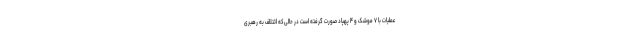
عملیات با ۷ موشک و ۴ پهپاد صورت گرفته است در حالی‌که ائتلاف به رهبری